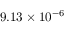
9 . 1 3 \times 1 0 ^ { - 6 }